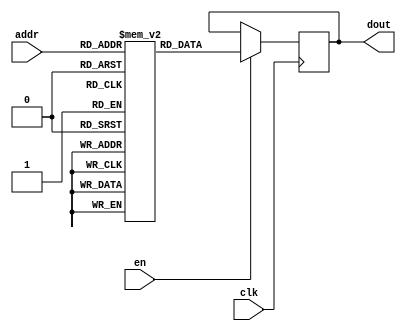
/* verilator lint_off UNDRIVEN */
`timescale 1 ns / 1 ns
module SYNC_ROM #(
	parameter DWIDTH = 16,
	parameter AWIDTH = 12,
	parameter DEPTH  = 1 << AWIDTH
)(
	input clk,
	input en,
	input [AWIDTH - 1 : 0] addr,
	output reg [DWIDTH - 1 : 0] dout
);

	reg [DWIDTH - 1 : 0] mem[0 : DEPTH - 1];

/*
	initial begin
		mem[0] = 16'b0000_0000_0000_0100; //mov r0 #4, R[x0] = 4;
		mem[1] = 16'b0011_0100_0000_0000; //add r1 r0, R[x1] += R[x0];
		mem[2] = 16'b0011_1001_0000_0000; //add r2 r1, R[x2] += R[x1]; 
		mem[3] = 16'b1010_0000_0000_0000; //jump #0
	end
*/
// If not give a input(driven) to mem or initialize it, the verilator will 
// rise a undriven warning. But doesn't matter here, so we turn off this warning.


	always @(posedge clk) begin
		if (en) begin 
			dout <= mem[addr];		
		end
	end

endmodule